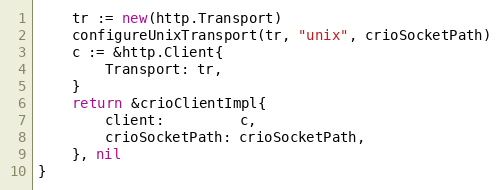
Language: Go
	tr := new(http.Transport)
	configureUnixTransport(tr, "unix", crioSocketPath)
	c := &http.Client{
		Transport: tr,
	}
	return &crioClientImpl{
		client:         c,
		crioSocketPath: crioSocketPath,
	}, nil
}